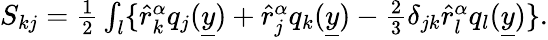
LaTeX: \begin{array}{r}{S_{kj}=\frac{1}{2}\int_{l}\{ \hat{r}_{k}^{\alpha}q_{j}(\underline{{y}})+\hat{r}_{j}^{\alpha}q_{k}(\underline{{y}})-\frac{2}{3}\delta_{jk}\hat{r}_{l}^{\alpha}q_{l}(\underline{{y}})\} .}\end{array}